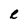
Character: R